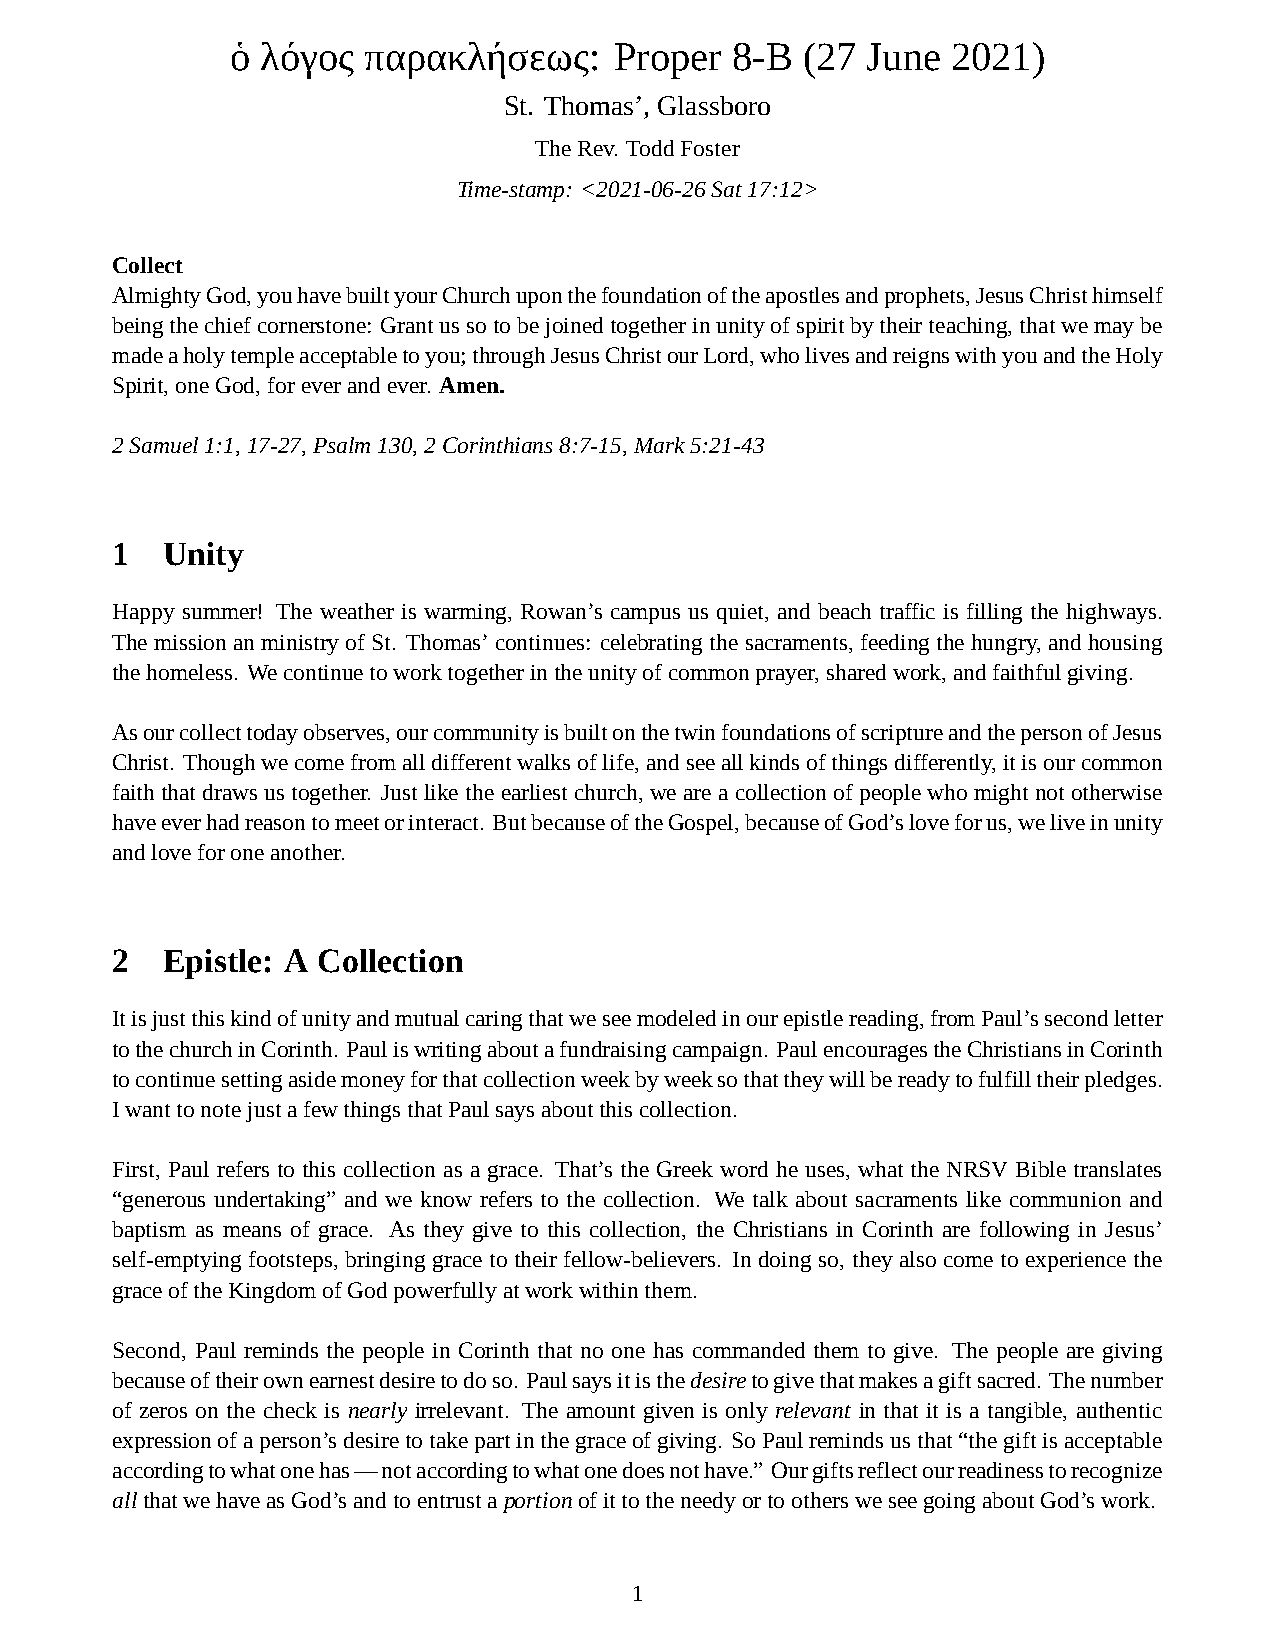
ὁ λόγος  παρακλήσεως:     Proper 8-B  (27 June  2021)
 St. Thomas’, Glassboro
 TheRev. ToddFoster
 Time-stamp: <2021-06-26Sat17:12>
 Collect
 AlmightyGod,youhavebuiltyourChurchuponthefoundationoftheapostlesandprophets,JesusChristhimself
 beingthechiefcornerstone: Grantussotobejoinedtogetherinunityofspiritbytheirteaching,thatwemaybe
 madeaholytempleacceptabletoyou;throughJesusChristourLord,wholivesandreignswithyouandtheHoly
 Spirit,oneGod,foreverandever. Amen.
 2Samuel1:1,17-27,Psalm130,2Corinthians8:7-15,Mark5:21-43
 1   Unity
 Happy summer! The weather is warming, Rowan’s campus us quiet, and beach traffic is filling the highways.
 ThemissionanministryofSt. Thomas’continues: celebratingthesacraments,feedingthehungry,andhousing
 thehomeless. Wecontinuetoworktogetherintheunityofcommonprayer,sharedwork,andfaithfulgiving.
 Asourcollecttodayobserves,ourcommunityisbuiltonthetwinfoundationsofscriptureandthepersonofJesus
 Christ. Thoughwecomefromalldifferentwalksoflife,andseeallkindsofthingsdifferently,itisourcommon
 faiththatdrawsustogether. Justliketheearliestchurch, weareacollectionofpeoplewhomightnototherwise
 haveeverhadreasontomeetorinteract. ButbecauseoftheGospel,becauseofGod’sloveforus,weliveinunity
 andloveforoneanother.
 2   Epistle: A Collection
 Itisjustthiskindofunityandmutualcaringthatweseemodeledinourepistlereading,fromPaul’ssecondletter
 tothechurchinCorinth. Pauliswritingaboutafundraisingcampaign. PaulencouragestheChristiansinCorinth
 tocontinuesettingasidemoneyforthatcollectionweekbyweeksothattheywillbereadytofulfilltheirpledges.
 IwanttonotejustafewthingsthatPaulsaysaboutthiscollection.
 First, Paul refers to this collection as a grace. That’s the Greek word he uses, what the NRSV Bible translates
 “generous undertaking” and we know refers to the collection. We talk about sacraments like communion and
 baptism as means of grace. As they give to this collection, the Christians in Corinth are following in Jesus’
 self-emptying footsteps, bringing grace to their fellow-believers. In doing so, they also come to experience the
 graceoftheKingdomofGodpowerfullyatworkwithinthem.
 Second, Paul reminds the people in Corinth that no one has commanded them to give. The people are giving
 becauseoftheirownearnestdesiretodoso. Paulsaysitisthedesiretogivethatmakesagiftsacred. Thenumber
 of zeros on the check is nearly irrelevant. The amount given is only relevant in that it is a tangible, authentic
 expressionofaperson’sdesiretotakepartinthegraceofgiving. SoPaulremindsusthat“thegiftisacceptable
 accordingtowhatonehas—notaccordingtowhatonedoesnothave.” Ourgiftsreflectourreadinesstorecognize
 allthatwehaveasGod’sandtoentrustaportionofittotheneedyortoothersweseegoingaboutGod’swork.
 1